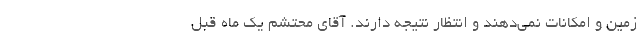
زمین و امکانات نمی‌دهند و انتظار نتیجه دارند. آقای محتشم یک ماه قبل